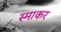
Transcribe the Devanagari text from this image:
स्‍माकर